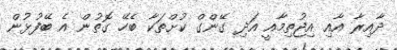
ދާއިރާ އާއި އިޖުތިމާއީ އަދި ގޭންގް ކުށްތަކާ ބެހޭ ގޮތުން އެ ބޭފުޅުން